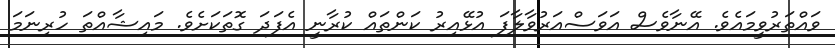
ވައްތަރުވީމައެވެ. އޭނާވެސް އަވަސްއަރުވާލާފަ އުޅޭއިރު ކަންތައް ކުރާނީ އެފަދަ ގޮތަކަށެވެ. މައިޝާއްތަ ހުރިނަމަ